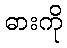
ဓားကို